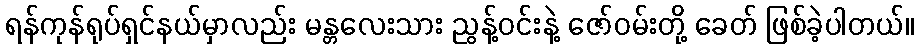
ရန်ကုန်ရုပ်ရှင်နယ်မှာလည်း မန္တလေးသား ညွန့်ဝင်းနဲ့ ဇော်ဝမ်းတို့ ခေတ် ဖြစ်ခဲ့ပါတယ်။